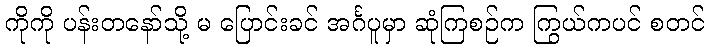
ကိုကို ပန်းတနော်သို့ မ ပြောင်းခင် အင်္ဂပူမှာ ဆုံကြစဉ်က ကြွယ်ကပင် စတင်